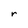
Character: r